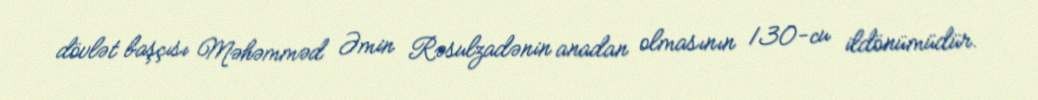
dövlət başçısı Məhəmməd Əmin Rəsulzadənin anadan olmasının 130-cu ildönümüdür.